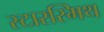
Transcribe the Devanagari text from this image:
स्टारस्मिथ